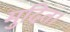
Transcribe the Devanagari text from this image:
मुदित।